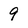
Character: 9